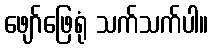
ဖျော်ဖြေရုံ သက်သက်ပါ။